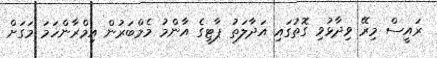
ރައީސް މިރޭ ވިދާޅުވި ގޮތުގައި އަދާލަތު ޕާޓީގެ އާންމު މެމްބަރުން އިމްރާންހަމަ މަގަށް